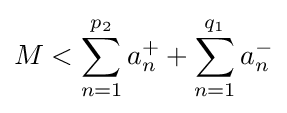
M<\sum _{n=1}^{p_{2}}a_{n}^{+}+\sum _{n=1}^{q_{1}}a_{n}^{-}